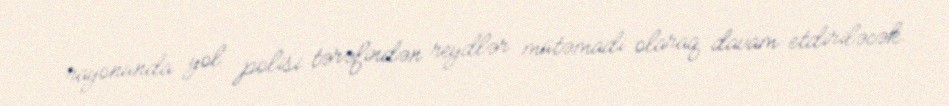
rayonunda yol polisi tərəfindən reydlər mütəmadi olaraq davam etdiriləcək.